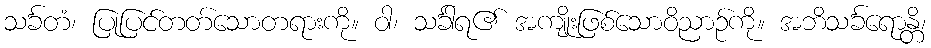
သင်္ခတံ၊ ပြုပြင်တတ်သောတရားကို။ ဝါ၊ သင်္ခါရ၏ အကျိုးဖြစ်သောဝိညာဉ်ကို။ အဘိသင်္ခရောန္တိ၊